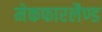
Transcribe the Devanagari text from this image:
मेकफारलैण्ड